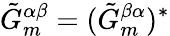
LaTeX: \tilde{G}_{m}^{\alpha\beta}=(\tilde{G}_{m}^{\beta\alpha})^{*}